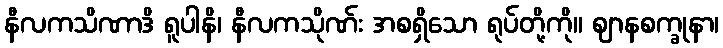
နီလကသိဏာဒိ ရူပါနိ၊ နီလကသိုဏ်း အစရှိသော ရုပ်တို့ကို။ ဈာနစက္ခုနာ၊